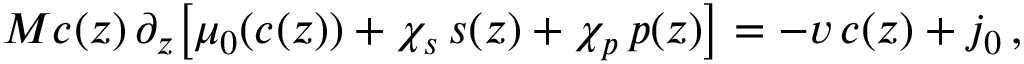
M c ( z ) \, \partial _ { z } \bigl [ \mu _ { 0 } ( c ( z ) ) + \chi _ { s } \, s ( z ) + \chi _ { p } \, p ( z ) \bigr ] = - v \, c ( z ) + j _ { 0 } \, ,